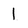
Character: 1